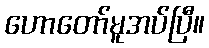
ဟောတော်မူအပ်ပြီ။